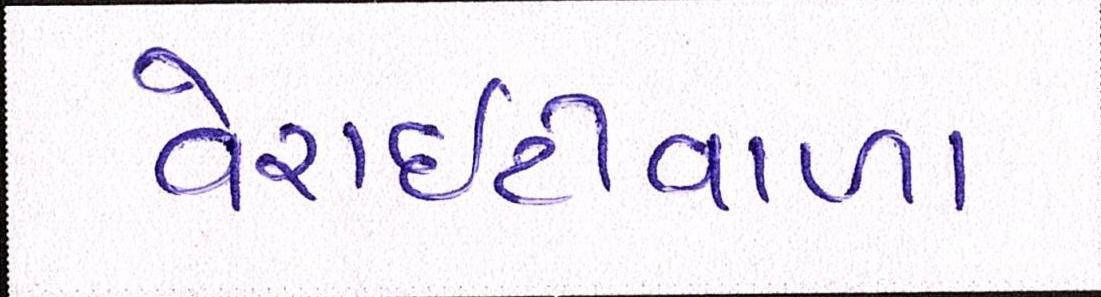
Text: વેરાઇટીવાળા